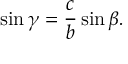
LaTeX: \sin \gamma = { \frac { c } { b } } \sin \beta .